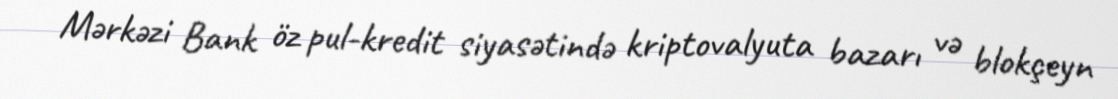
Mərkəzi Bank öz pul-kredit siyasətində kriptovalyuta bazarı və blokçeyn